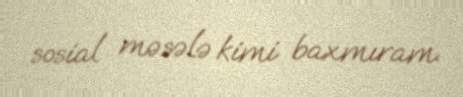
sosial məsələ kimi baxmıram.